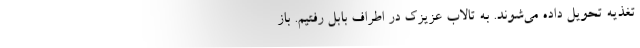
تغذيه تحويل داده مي‌شوند. به تالاب عزيزك در اطراف بابل رفتيم. باز